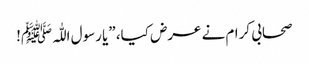
صحابی کرام نے عرض کیا، ”یا رسول اللّٰہﷺ!